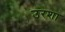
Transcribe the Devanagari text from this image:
उरशा